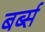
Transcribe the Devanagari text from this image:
बर्ब्स